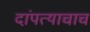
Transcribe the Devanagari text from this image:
दांपत्याचाच